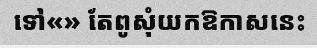
ទៅ«» តែពូសុំយកឱកាសនេះ